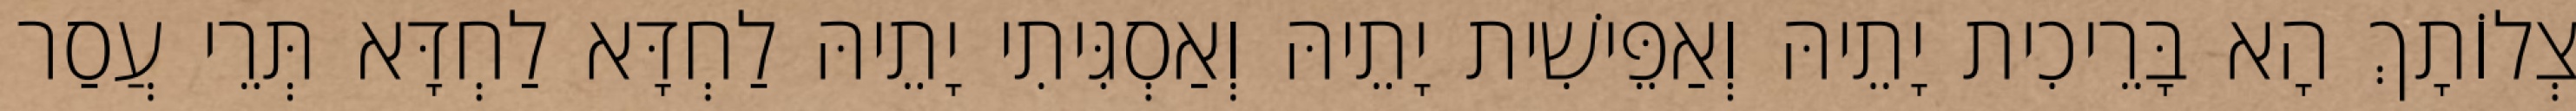
צְלוֹתָךְ הָא בָּרֵיכִית יָתֵיהּ וְאַפֵּישִׁית יָתֵיהּ וְאַסְגִּיתִי יָתֵיהּ לַחְדָּא לַחְדָּא תְּרֵי עֲסַר